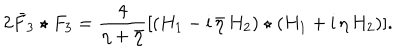
LaTeX: 2 \bar { F } _ { 3 } \star F _ { 3 } = \frac { 4 } { \eta + \bar { \eta } } [ ( H _ { 1 } - \mathrm { i } \, \bar { \eta } \, H _ { 2 } ) \star ( H _ { 1 } + \mathrm { i } \, \eta \, H _ { 2 } ) ] .